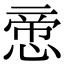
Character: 𢝃